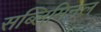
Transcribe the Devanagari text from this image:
सब्लिमिनल